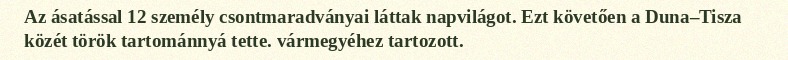
Az ásatással 12 személy csontmaradványai láttak napvilágot. Ezt követően a Duna–Tisza közét török tartománnyá tette. vármegyéhez tartozott.